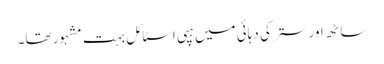
ساٹھ اور ستر کی دہائی میں ہپی اسٹائل بہت مشہور تھا۔